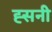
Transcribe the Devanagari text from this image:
ह्सनी